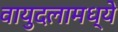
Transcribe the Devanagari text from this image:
वायुदलामध्ये